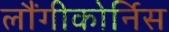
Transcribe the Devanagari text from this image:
लौंगीकोर्निस